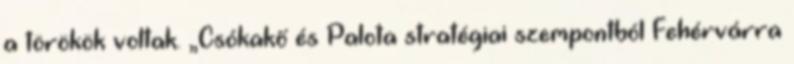
a törökök vol­tak. „Csókakő és Palota stratégiai szempontból Fehérvárra